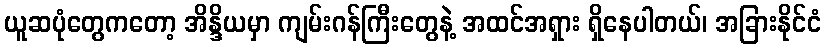
ယူဆပုံတွေကတော့ အိန္ဒိယမှာ ကျမ်းဂန်ကြီးတွေနဲ့ အထင်အရှား ရှိနေပါတယ်၊ အခြားနိုင်ငံ